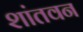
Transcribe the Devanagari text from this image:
शांतवन